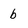
Character: b